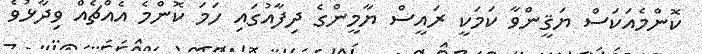
ކޮންމެއަކަސް ޔަޤީންވާ ކަމަކީ ރައީސް ޔާމީންގެ ދިފާއުގައި ހަމަ ކޮންމެ އެއްޗެއް ވިދާޅުވެ